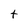
Character: t